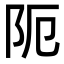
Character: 阨